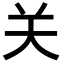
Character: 关